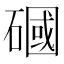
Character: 𥕏